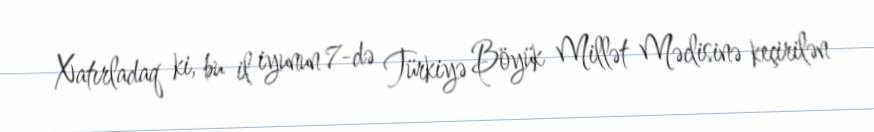
Xatırladaq ki, bu il iyunun 7-də Türkiyə Böyük Millət Məclisinə keçirilən